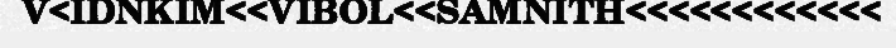
V<IDNKIM<<VIBOL<<SAMNITH<<<<<<<<<<<<